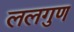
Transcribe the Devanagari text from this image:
ललगुण